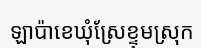
ឡាប៉ាខេឃុំស្រែខ្ទុមស្រុក